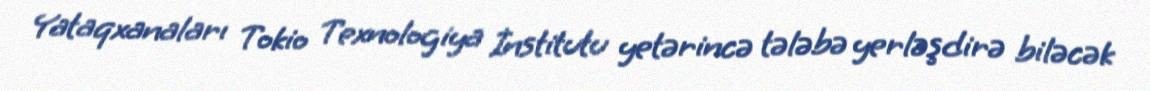
Yataqxanaları Tokio Texnologiya İnstitutu yetərincə tələbə yerləşdirə biləcək